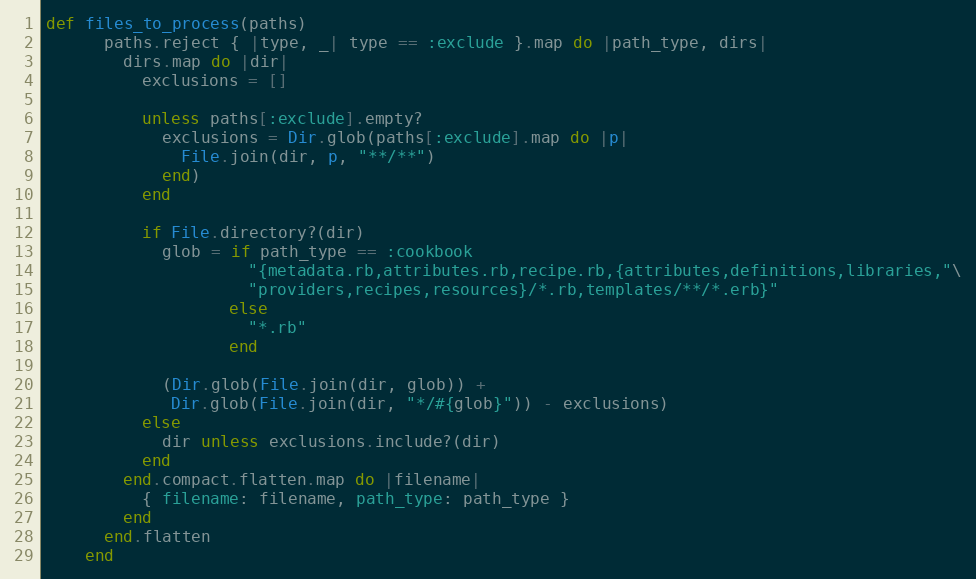
Language: Ruby
def files_to_process(paths)
      paths.reject { |type, _| type == :exclude }.map do |path_type, dirs|
        dirs.map do |dir|
          exclusions = []

          unless paths[:exclude].empty?
            exclusions = Dir.glob(paths[:exclude].map do |p|
              File.join(dir, p, "**/**")
            end)
          end

          if File.directory?(dir)
            glob = if path_type == :cookbook
                     "{metadata.rb,attributes.rb,recipe.rb,{attributes,definitions,libraries,"\
                     "providers,recipes,resources}/*.rb,templates/**/*.erb}"
                   else
                     "*.rb"
                   end

            (Dir.glob(File.join(dir, glob)) +
             Dir.glob(File.join(dir, "*/#{glob}")) - exclusions)
          else
            dir unless exclusions.include?(dir)
          end
        end.compact.flatten.map do |filename|
          { filename: filename, path_type: path_type }
        end
      end.flatten
    end